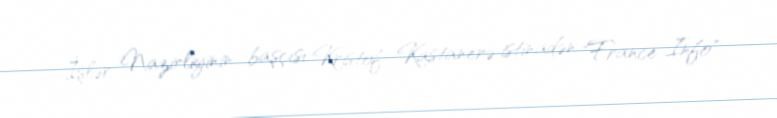
İşlər Nazirliyinin başçısı Kristof Kastanerə istinadən "France Info"